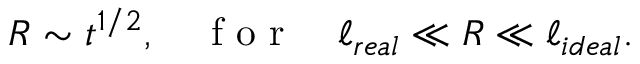
R \sim t ^ { 1 / 2 } , \quad \mathrm { ~ f ~ o ~ r ~ } \quad \ell _ { r e a l } \ll R \ll \ell _ { i d e a l } .